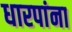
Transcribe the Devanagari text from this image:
धारपांना